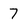
Character: 7